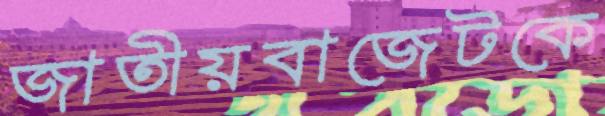
জাতীয়বাজেটকে